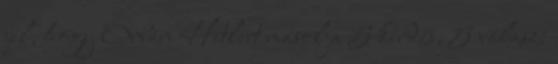
jel, hogy Orbán Hitlert másolja 5 kérdés, 5 válasz: